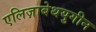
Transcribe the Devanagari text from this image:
एलिज़ाबेथयुगीन